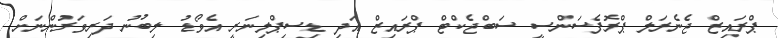
ޕްރައިޒް ޖެނެރަލް ޕްރޮފެސަންސީ ސަބްޖެކްޓް ޕްރައިޒް އަދި ޑިސިޕްލިނަރީ އެވޯޑު ލިބުނު ދަރިވަރުންނަށް